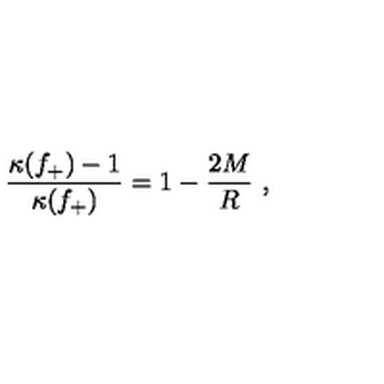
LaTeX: \frac { \kappa ( f _ { + } ) - 1 } { \kappa ( f _ { + } ) } = 1 - \frac { 2 M } { R } \ ,